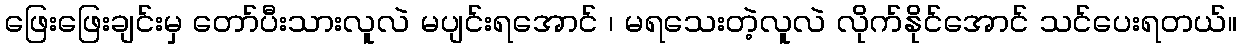
ဖြေးဖြေးချင်းမှ တော်ပီးသားလူလဲ မပျင်းရအောင် ၊ မရသေးတဲ့လူလဲ လိုက်နိုင်အောင် သင်ပေးရတယ်။